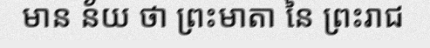
មាន ន័យ ថា ព្រះមាតា នៃ ព្រះរាជ